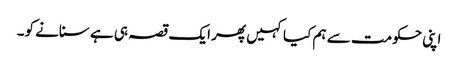
اپنی حکومت سے ہم کیا کہیں پھر ایک قصہ ہی ہے سنانے کو۔